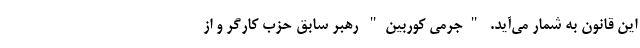
این قانون به شمار می‌آید. "جرمی کوربین" رهبر سابق حزب کارگر و از